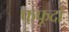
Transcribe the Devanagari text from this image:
फफूदों